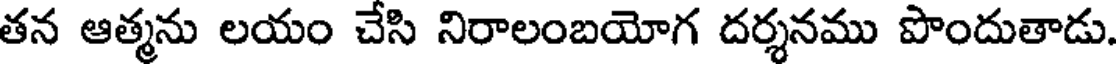
తన ఆత్మను లయం చేసి నిరాలంబయోగ దర్శనము పొందుతాడు.